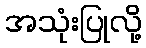
အသုံးပြုလို့